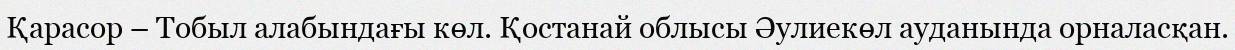
Қарасор – Тобыл алабындағы көл. Қостанай облысы Әулиекөл ауданында орналасқан.